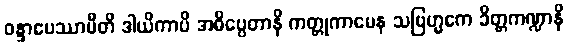
ဝန္ဒာပေဿာမီတိ ဒါယိကာပိ အဓိပ္ပေတာနိ ကတ္တုကာမေန သဗြဟ္မကေ ခိတ္တကဏ္ဍာနိ